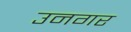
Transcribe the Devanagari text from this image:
उनगर